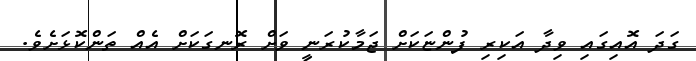
ގަދަ އޮއިގައި ވިދާ އަކިރި ފުންޏަކަށް ޖަމާކުރަނީ ވަށް ރޮނގަކަށް އެއް ތަންކޮޅަށެވެ.